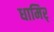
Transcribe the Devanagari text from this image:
धामिर्